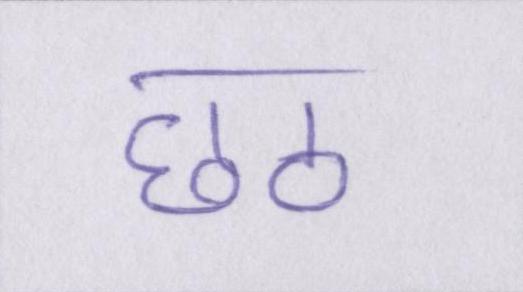
छठ